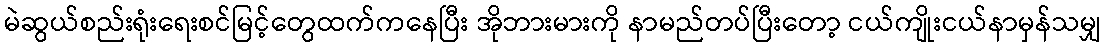
မဲဆွယ်စည်းရုံးရေးစင်မြင့်တွေထက်ကနေပြီး အိုဘားမားကို နာမည်တပ်ပြီးတော့ ငယ်ကျိုးငယ်နာမှန်သမျှ